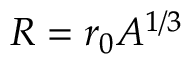
R = r _ { 0 } A ^ { 1 / 3 }